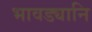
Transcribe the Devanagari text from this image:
भावड्यानि